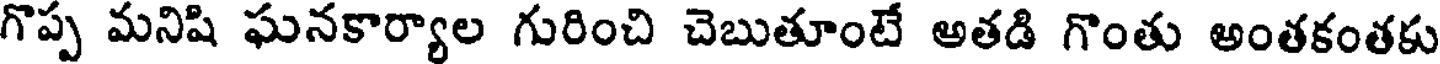
గొప్ప మనిషి ఘనకార్యాల గురించి చెబుతూంటే అతడి గొంతు అంతకంతకు